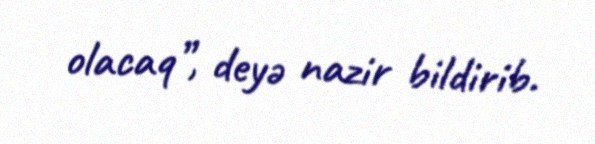
olacaq”, deyə nazir bildirib.